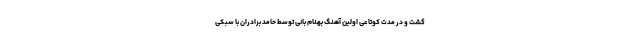
گشت و در مدت کوتاعی اولین آهنگ بهنام بانی توسط حامد برادران با سبکی